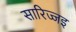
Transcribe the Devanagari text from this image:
सारिज्जइ